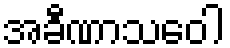
အခီဏာသဝေါ